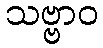
သဗ္ဗာဝ